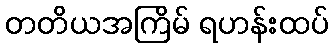
တတိယအကြိမ် ရဟန်းထပ်